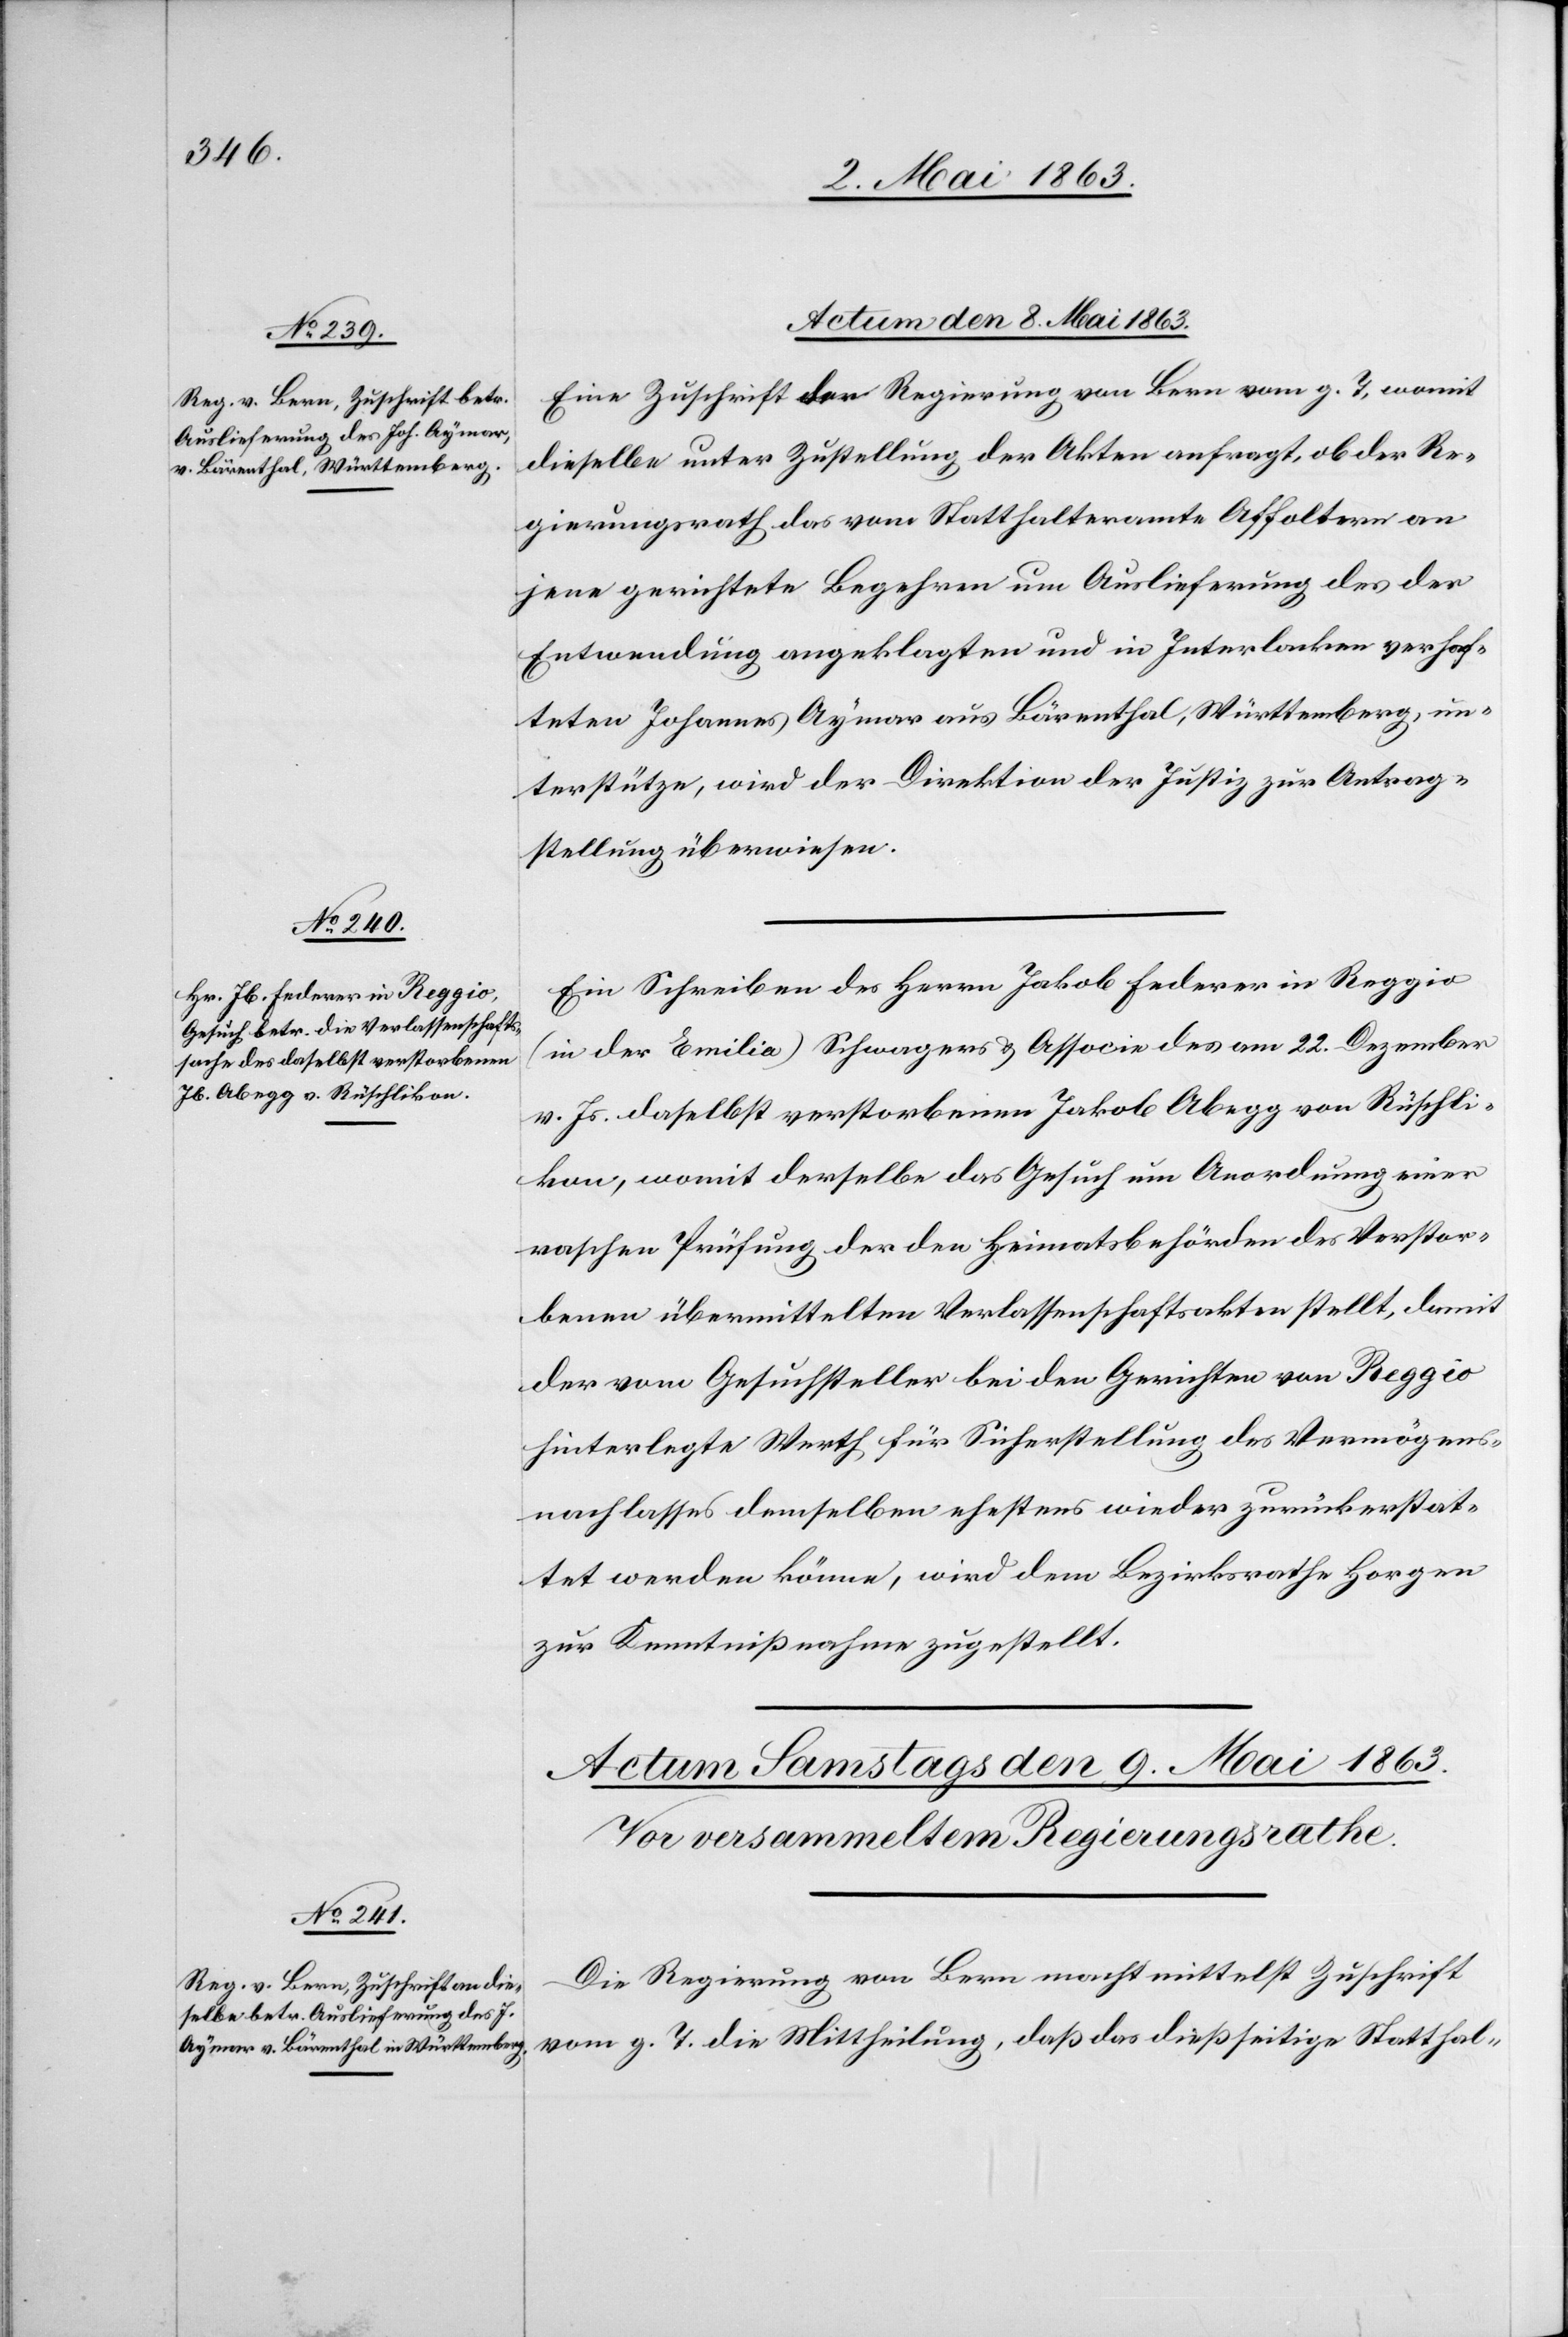
Actum den 8. Mai 1863.]
Eine Zuschrift der Regierung von Bern vom g. T, womit
dieselbe unter Zustellung der Akten anfragt, ob der Re¬
gierungsrath das vom Statthalteramte Affoltern an
jene gerichtete Begehren um Auslieferung des der
Entwendung angeklagten und in Interlacken verhaf¬
teten Johannes Aymar aus Bärenthal, Württemberg, un¬
terstütze, wird der Direktion der Justiz zur Antrag¬
stellung überwiesen.
Ein Schreiben des Herrn Jakob Federer in Reggio
(in der Emilia) Schwagers & Associe des am 22. Dezember
v. Js. daselbst verstorbenen Jakob Abegg von Rüschli¬
kon, womit derselbe das Gesuch um Anordnung einer
raschen Prüfung der den Heimatsbehörden des Verstor¬
benen übermittelten Verlassenschaftsakten stellt, damit
der vom Gesuchsteller bei den Gerichten von Reggio
hinterlegte Werth für Sicherstellung des Vermögens¬
nachlasses demselben ehestens wieder zurückerstat¬
tet werden könne, wird dem Bezirksrathe Horgen
zur Kenntnißnahme zugestellt.
Die Regierung von Bern macht mittelst Zuschrift
vom g. T. die Mittheilung, daß das dießseitige Statthal-